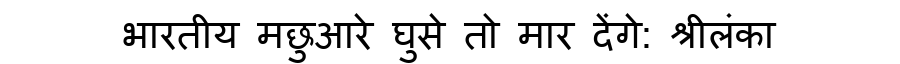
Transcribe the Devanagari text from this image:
भारतीय मछुआरे घुसे तो मार देंगे: श्रीलंका